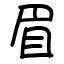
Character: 眉